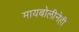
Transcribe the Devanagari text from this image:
मायबोलीनेही